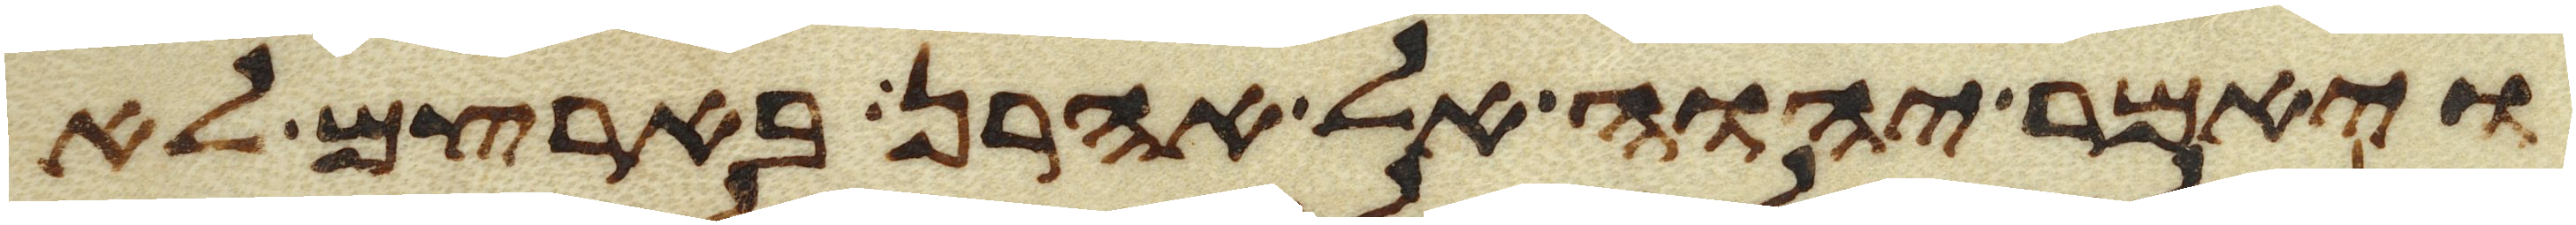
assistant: ויאמר יהוה אל אהרן בארצם לא